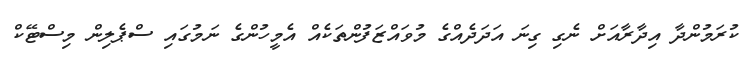
ކުރަމުންދާ އިދާރާއަށް ނެގި ގިނަ އަދަދެއްގެ މުވައްޒަފުންތަކެއް އެމީހުންގެ ނަމުގައި ސްޕެލިން މިސްޓޭކް